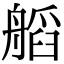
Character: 𦩹